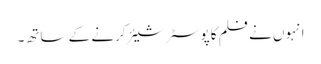
انہوں نے فلم کا پوسٹر شیئر کرنے کے ساتھ۔